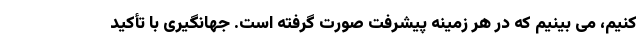
کنیم، می بینیم که در هر زمینه پیشرفت صورت گرفته است. جهانگیری با تأکید